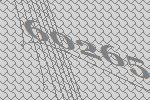
60265